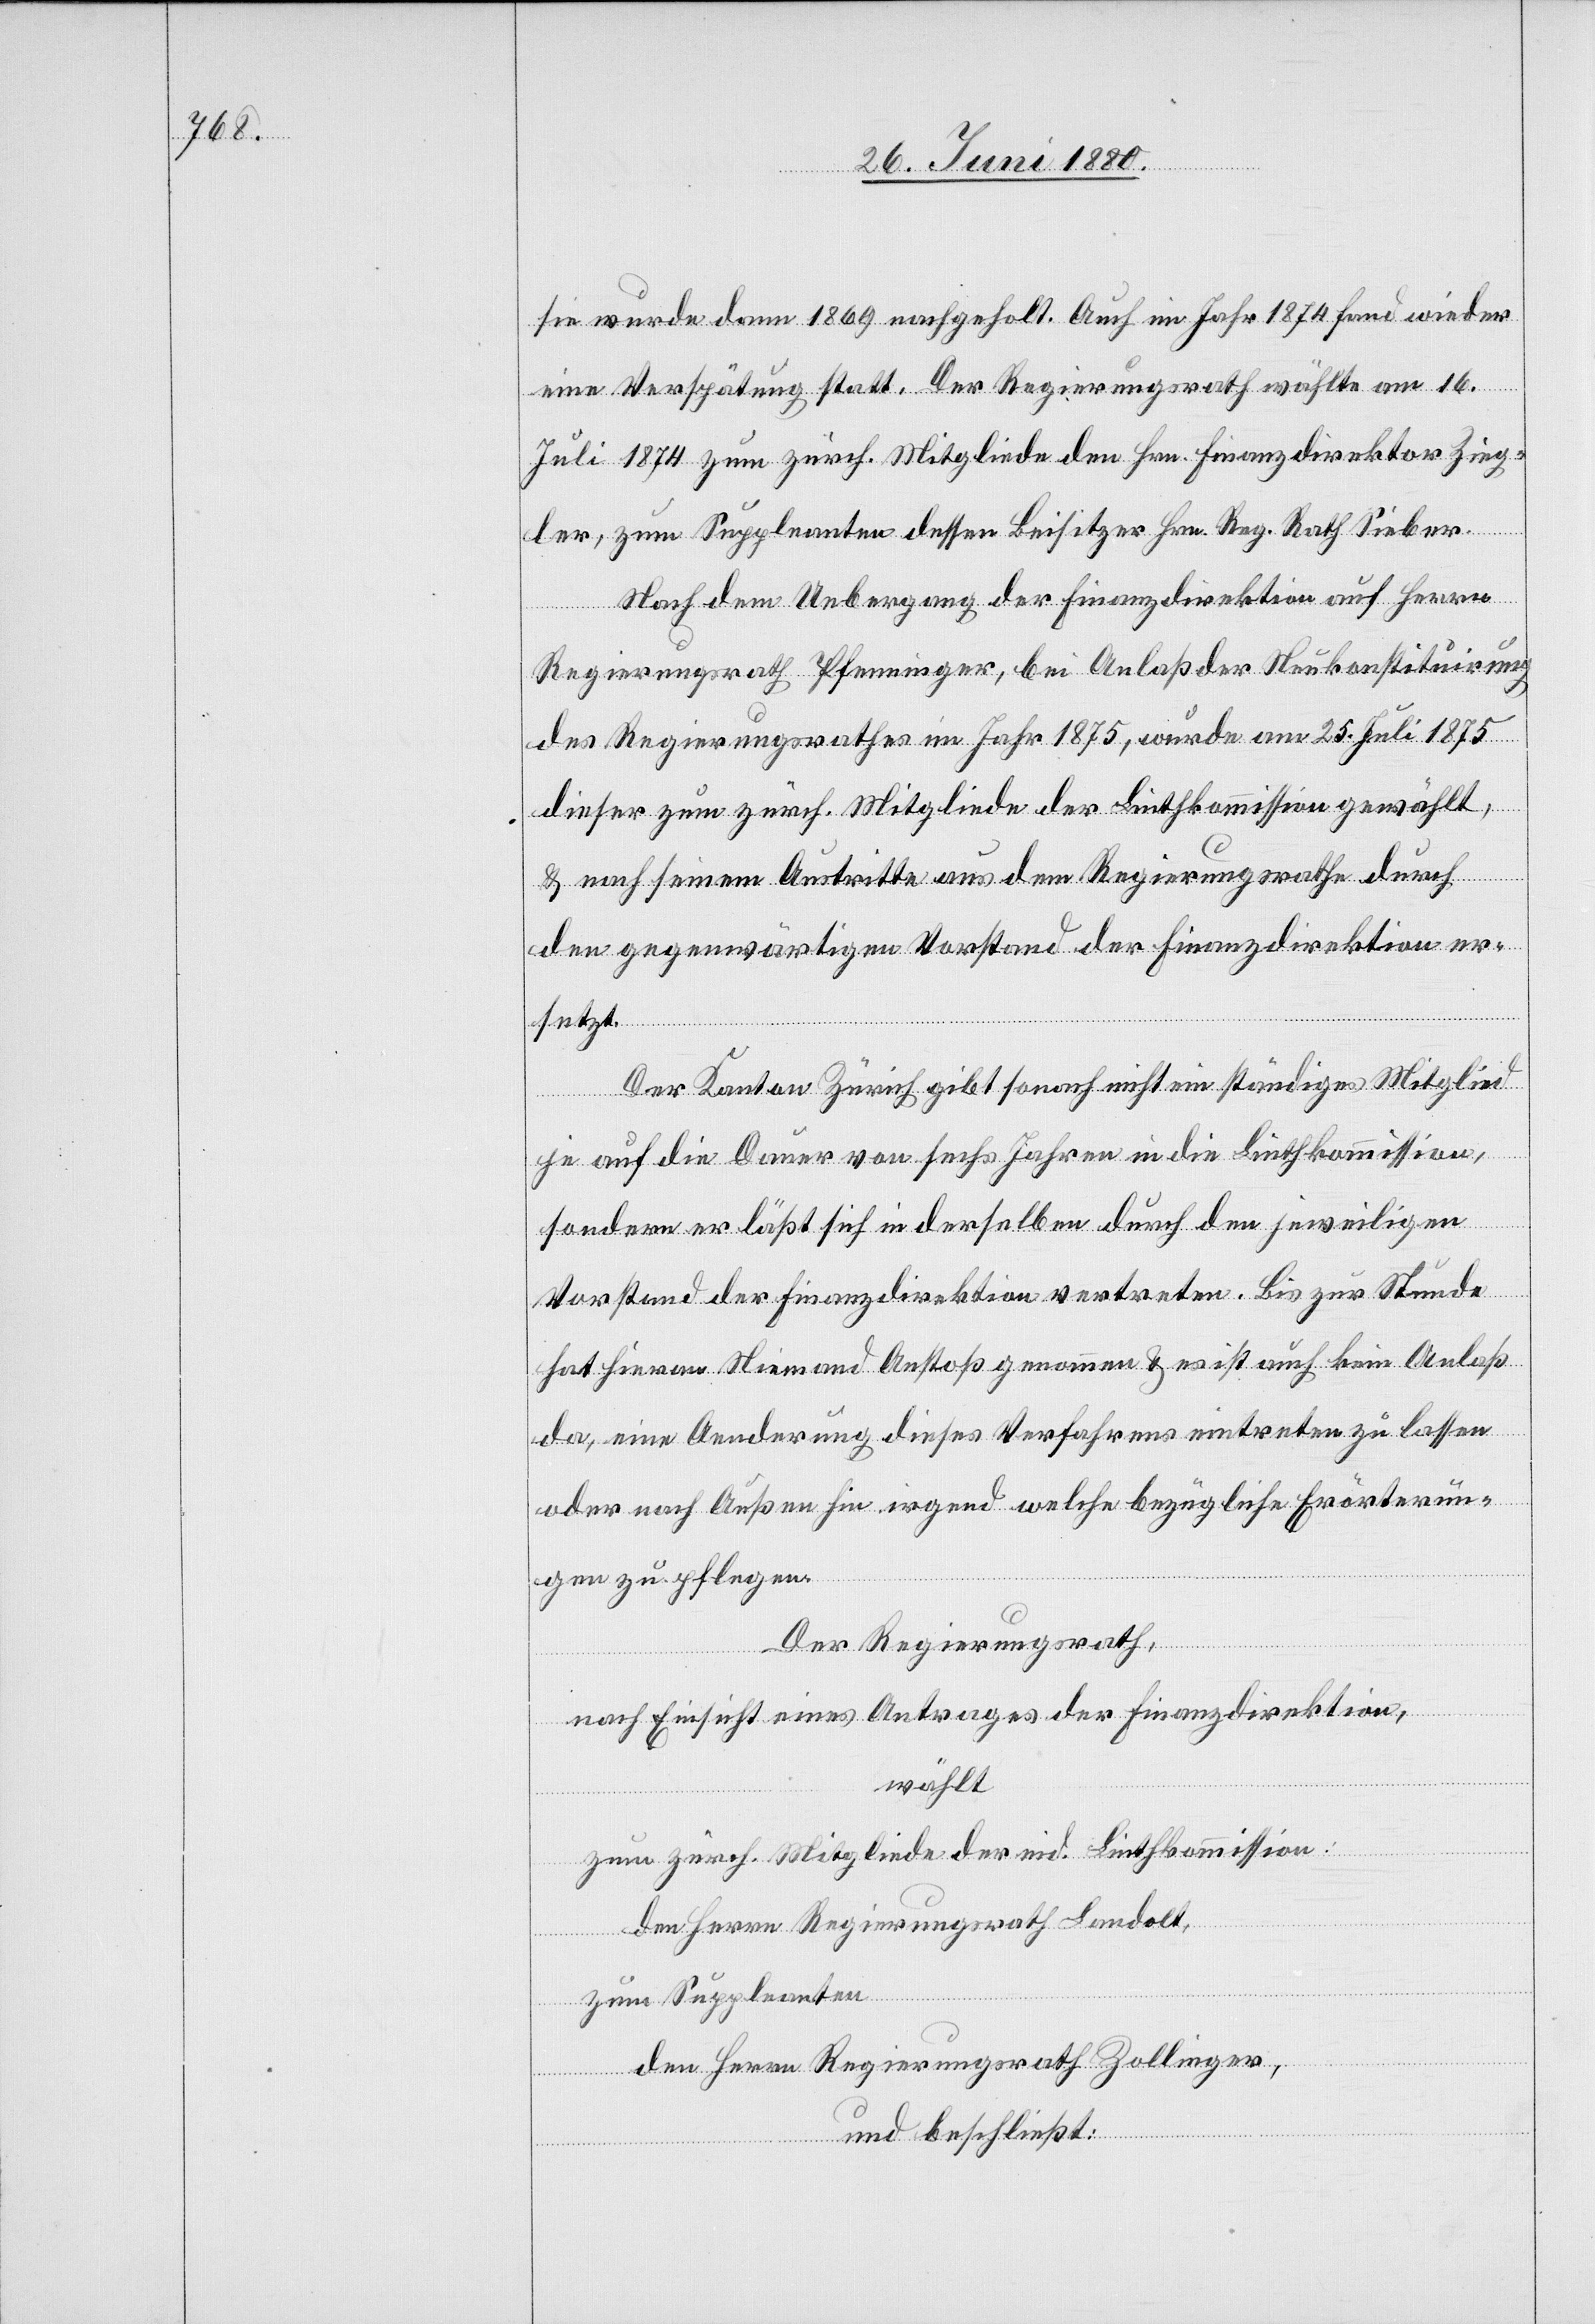
sie wurde dann 1869 nachgeholt. Auch im Jahr 1874 fand wieder
eine Verspätung statt. Der Regierungsrath wählte am 16.
Juli 1874 zum zürch. Mitgliede den Hrn. Finanzdirektor Zieg¬
ler, zum Suppleanten dessen Beisitzer Hrn. Reg. Rath Sieber.
Nach dem Uebergang der Finanzdirektion auf Herrn
Regierungsrath Pfenninger, bei Anlaß der Neukonstituirung
des Regierungsrathes im Jahr 1875, wurde am 25. Juli 1875
dieser zum zürch. Mitgliede der Linthkommission gewählt,
& nach seinem Austritte aus dem Regierungsrathe durch
den gegenwärtigen Vorstand der Finanzdirektion er¬
setzt.
Der Kanton Zürich gibt sonach nicht ein ständiges Mitglied
je auf die Dauer von sechs Jahren in die Linthkommission,
sondern er läßt sich in derselben durch den jeweiligen
Vorstand der Finanzdirektion vertreten. Bis zur Stunde
hat hieran Niemand Anstoß genommen & es ist auch kein Anlaß
da, eine Aenderung dieses Verfahrens eintreten zu lassen
oder nach Außen hin irgend welche bezügliche Erörterun¬
gen zu pflegen.
Der Regierungsrath,
nach Einsicht eines Antrages der Finanzdirektion,
wählt
zum zürch. Mitgliede der eid. Linthkommission:
den Herrn Regierungsrath Landolt,
zum Suppleanten
den Herrn Regierungsrath Zollinger,
und beschließt: